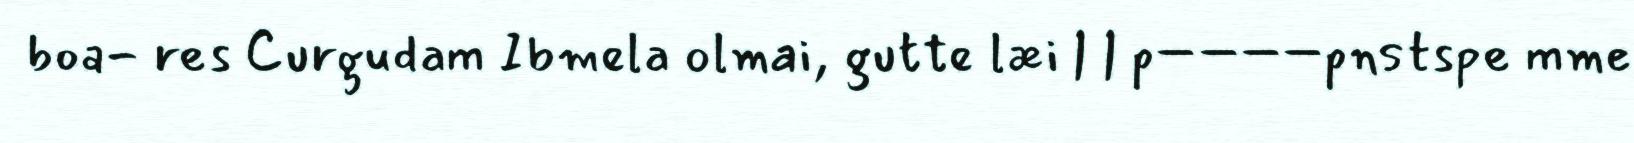
boa- res Curgudam Ibmela olmai, gutte læi | | p––––pnstspe mme